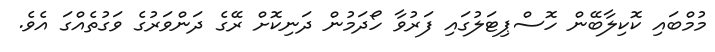
މުމްބައި ކޮކިލާބޭން ހޮސްޕިޓަލުގައި ފަރުވާ ހޯދަމުން ދަނިކޮށް ރޭގެ ދަންވަރުގެ ވަގުތެއްގަ އެވެ.